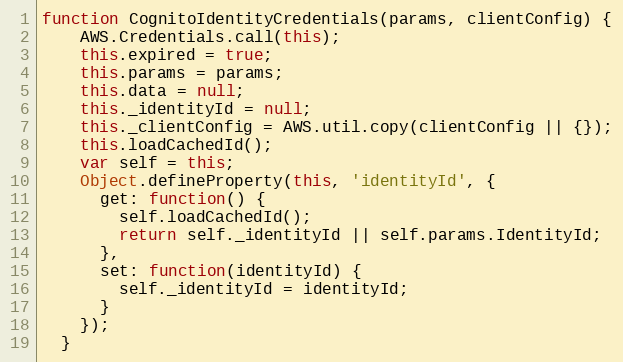
Language: JavaScript
function CognitoIdentityCredentials(params, clientConfig) {
    AWS.Credentials.call(this);
    this.expired = true;
    this.params = params;
    this.data = null;
    this._identityId = null;
    this._clientConfig = AWS.util.copy(clientConfig || {});
    this.loadCachedId();
    var self = this;
    Object.defineProperty(this, 'identityId', {
      get: function() {
        self.loadCachedId();
        return self._identityId || self.params.IdentityId;
      },
      set: function(identityId) {
        self._identityId = identityId;
      }
    });
  }